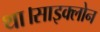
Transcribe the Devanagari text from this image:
था।साइक्लोन